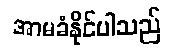
အာမခံနိုင်ပါသည်